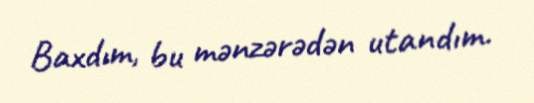
Baxdım, bu mənzərədən utandım.